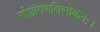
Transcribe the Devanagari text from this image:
गोष्ठांगणविलोकनः।